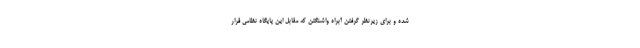
شده و برای زیرنظر گرفتن آبراه واشنگتن که مقابل این پایگاه نظامی قرار